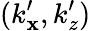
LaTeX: (k_{\mathbf{x}}^{\prime},k_{z}^{\prime})